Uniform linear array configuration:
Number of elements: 32
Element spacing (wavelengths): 0.5
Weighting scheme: binomial
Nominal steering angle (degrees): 60
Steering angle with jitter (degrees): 59.042
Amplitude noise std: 0.05
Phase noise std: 0.05

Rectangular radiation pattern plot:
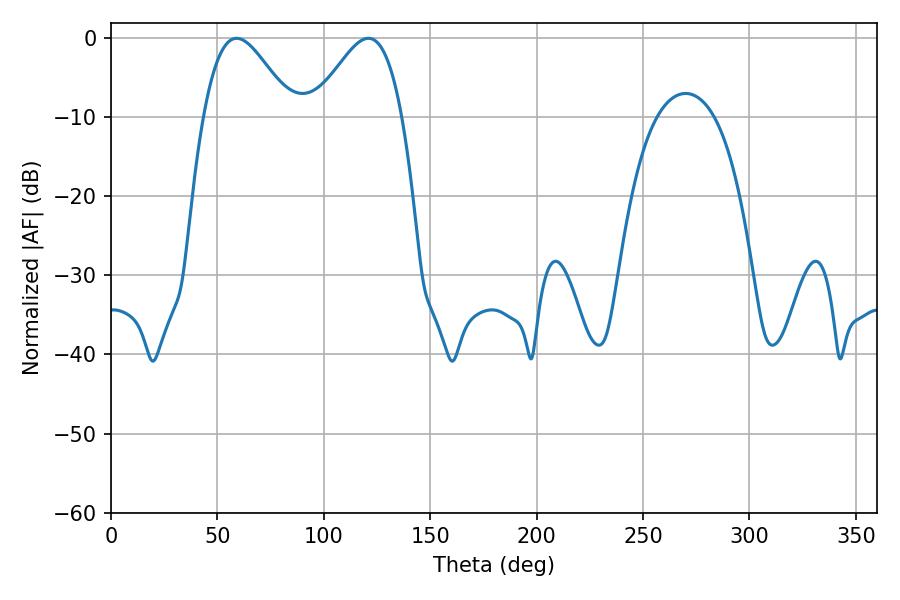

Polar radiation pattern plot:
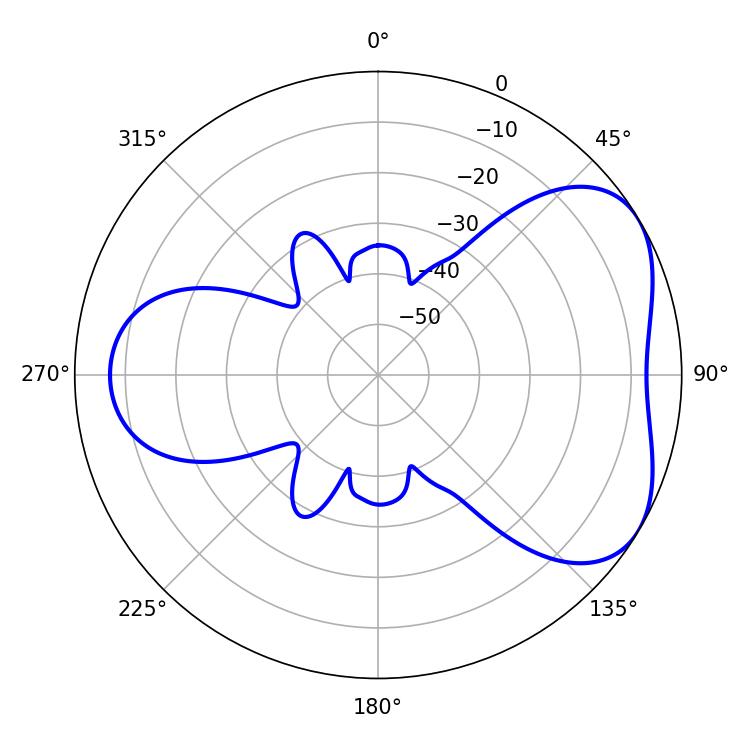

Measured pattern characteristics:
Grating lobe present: FALSE
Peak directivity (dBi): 4.729
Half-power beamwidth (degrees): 22.14
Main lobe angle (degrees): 59.04